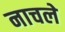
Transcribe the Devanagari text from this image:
नाचले